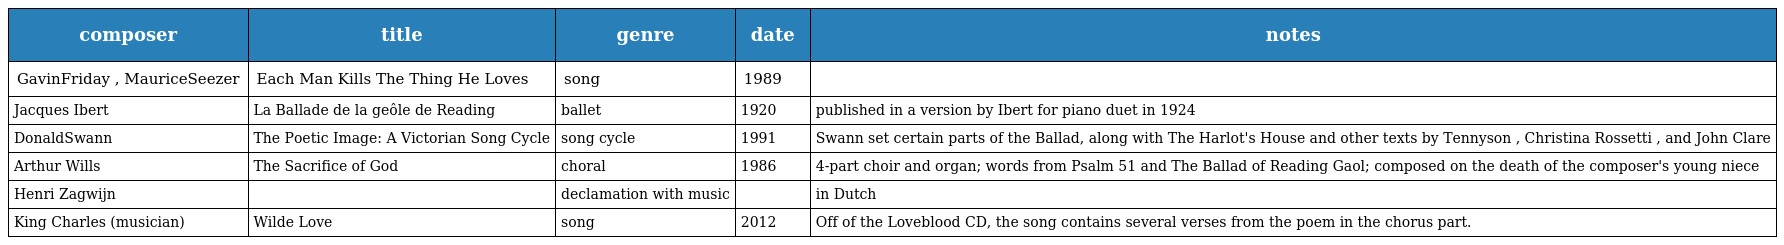
| composer | title | genre | date | notes |
 | --- | --- | --- | --- | --- |
 | GavinFriday , MauriceSeezer | Each Man Kills The Thing He Loves | song | 1989 |  |
 | Jacques Ibert | La Ballade de la geôle de Reading | ballet | 1920 | published in a version by Ibert for piano duet in 1924 |
 | DonaldSwann | The Poetic Image: A Victorian Song Cycle | song cycle | 1991 | Swann set certain parts of the Ballad, along with The Harlot's House and other texts by Tennyson , Christina Rossetti , and John Clare |
 | Arthur Wills | The Sacrifice of God | choral | 1986 | 4-part choir and organ; words from Psalm 51 and The Ballad of Reading Gaol; composed on the death of the composer's young niece |
 | Henri Zagwijn |  | declamation with music |  | in Dutch |
 | King Charles (musician) | Wilde Love | song | 2012 | Off of the Loveblood CD, the song contains several verses from the poem in the chorus part. |